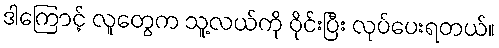
ဒါကြောင့် လူတွေက သူ့လယ်ကို ဝိုင်းပြီး လုပ်ပေးရတယ်။